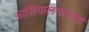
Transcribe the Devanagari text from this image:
आशियालगतच्या